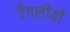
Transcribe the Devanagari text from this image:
उँगलीयों